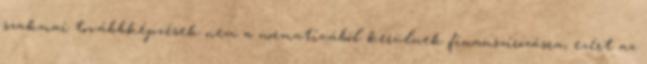
szakmai továbbképzések nem a normatívából kerülnek finanszírozásra, ezért az